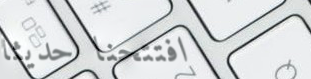
افتتحنا حديثاً